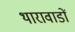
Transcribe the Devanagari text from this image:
थारावाडों